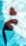
ثم